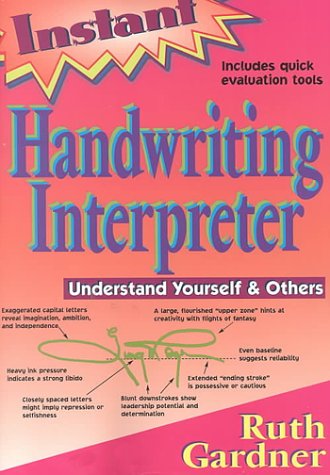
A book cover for Instant Handwriting Interpreter: Understand Yourself & Others; Ruth Gardner; Self-Help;